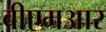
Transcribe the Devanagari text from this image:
बीएमआर